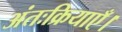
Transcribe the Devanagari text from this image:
अंतःक्रियाएँ।